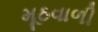
મૂઠવાળી